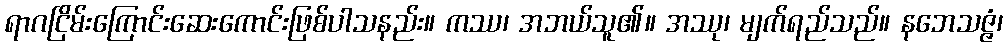
ရာဂငြိမ်းကြောင်းဆေးကောင်းဖြစ်ပါသနည်း။ ကဿ၊ အဘယ်သူ၏။ အဿု၊ မျက်ရည်သည်။ နဘေသဇ္ဇံ၊